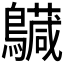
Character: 𪇅